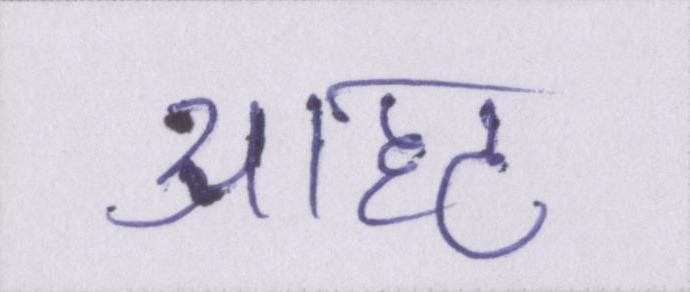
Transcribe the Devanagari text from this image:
आहट